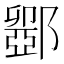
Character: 𮠋